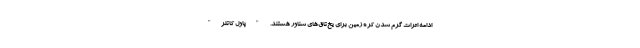
ادامه اثرات گرم شدن کره زمین برای یخ‌تاق‌های شناور هستند. "پاول کاتلر"